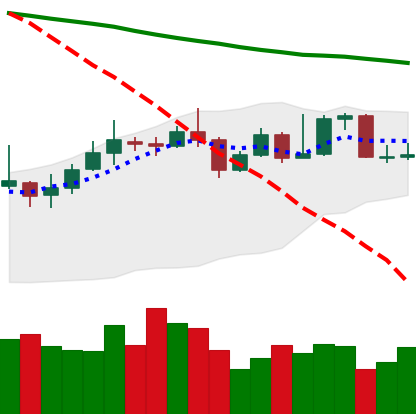
Ticker: XMR-USD
Chart end date: 2019-11-17
Forward return: -17.504%
Label: down_7plus